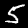
Label: 5